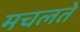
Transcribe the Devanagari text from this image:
मचलते